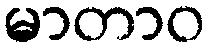
မာတာဝ